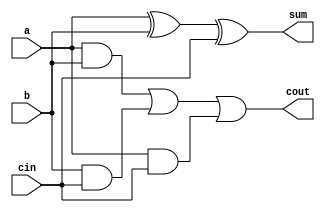
module full_add5(a,b,cin,sum,cout);
input a,b,cin;
output sum,cout;
reg cout,m1,m2,m3;        		//alwaysreg
wire s1;
xor x1(s1,a,b);       			//
always @(a or b or cin)   		//always
  	begin
m1 = a & b;
m2 = b & cin;
m3 = a & cin;
cout = (m1| m2) | m3;
end
assign sum = s1 ^ cin; 			//assign
endmodule